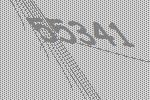
55341